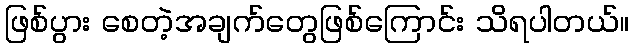
ဖြစ်ပွား စေတဲ့အချက်တွေဖြစ်ကြောင်း သိရပါတယ်။